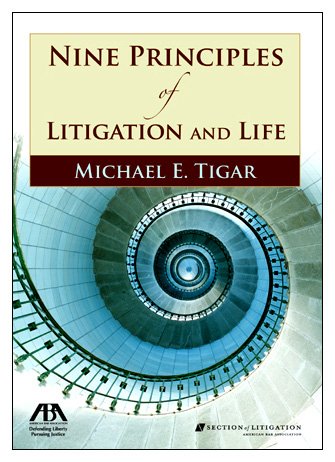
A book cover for Nine Principles of Litigation and Life; Michael E. Tigar; Law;